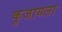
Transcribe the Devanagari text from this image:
कुजायला